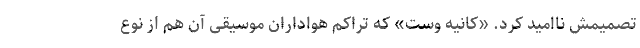
تصمیمش ناامید کرد. «کانیه وست» که تراکم هواداران موسیقی آن هم از نوع